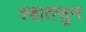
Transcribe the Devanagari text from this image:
ल्हातसुन